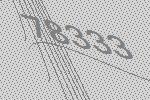
78333